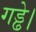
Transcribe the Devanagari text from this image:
गड्ढे।